Report on the bubonic plague in Bombay, 1896-1897
Year: 1896
Disease focus: Plague
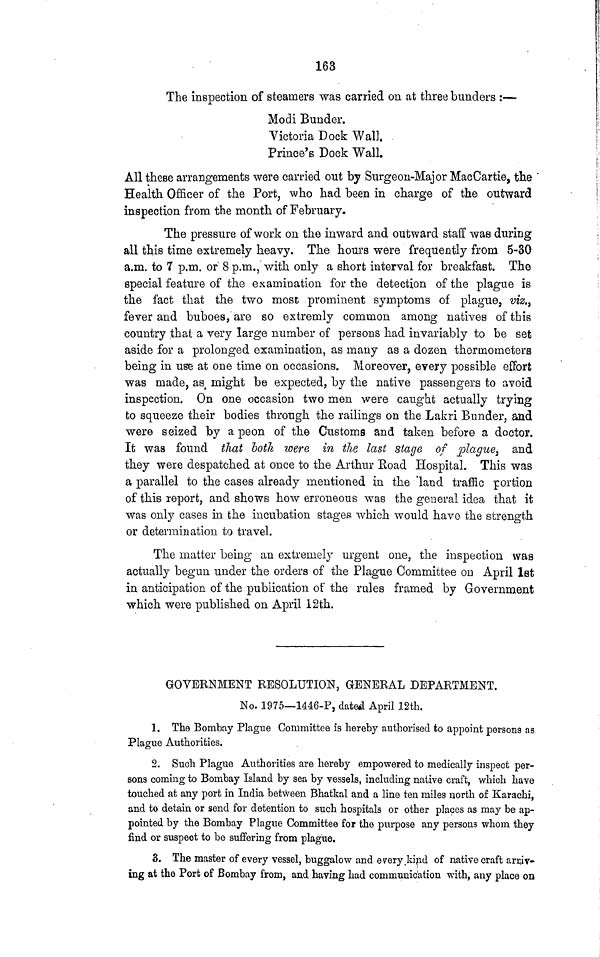
163
The inspection of steamers was carried on at three bunders :—
Modi Bunder.
Victoria Dock Wall.
Prince's Dock Wall.
All these arrangements were carried out by Surgeon-Major MacCartie, the
Health Officer of the Port, who had been in charge of the outward
inspection from the month of February.
The pressure of work on the inward and outward staff was during
all this time extremely heavy. The hours were frequently from 5-30
a.m. to 7 p.m. or 8 p.m., with only a short interval for breakfast. The
special feature of the examination for the detection of the plague is
the fact that the two most prominent symptoms of plague, viz.,
fever and buboes, are so extremly common among natives of this
country that a very large number of persons had invariably to be set
aside for a prolonged examination, as many as a dozen thermometers
being in use at one time on occasions. Moreover, every possible effort
was made, as, might be expected, by the native passengers to avoid
inspection. On one occasion two men were caught actually trying
to squeeze their bodies through the railings on the Lakri Bunder, and
were seized by a peon of the Customs and taken before a doctor.
It was found that both were in the last stage of plague, and
they were despatched at once to the Arthur Road Hospital. This was
a parallel to the cases already mentioned in the land traffic portion
of this report, and shows how erroneous was the general idea that it
was only cases in the incubation stages which would have the strength
or determination to travel.
The matter being an extremely urgent one, the inspection was
actually begun under the orders of the Plague Committee on April 1st
in anticipation of the publication of the rules framed by Government
which were published on April 12th.
GOVERNMENT RESOLUTION, GENERAL DEPARTMENT.
No. 1975—1446-P, dated April 12th.
1. The Bombay Plague Committee is hereby authorised to appoint persons as
Plague Authorities.
2. Such Plague Authorities are hereby empowered to medically inspect per-
sons coming to Bombay Island by sea by vessels, including native craft, which have
touched at any port in India between Bhatkal and a line ten miles north of Karachi,
and to detain or send for detention to such hospitals or other places as may be ap-
pointed by the Bombay Plague Committee for the purpose any persons whom they
find or suspect to be suffering from plague.
3. The master of every vessel, buggalow and every kind of native craft arriv-
ing at the Port of Bombay from, and having had communication with, any place on